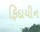
ફિદાયીન